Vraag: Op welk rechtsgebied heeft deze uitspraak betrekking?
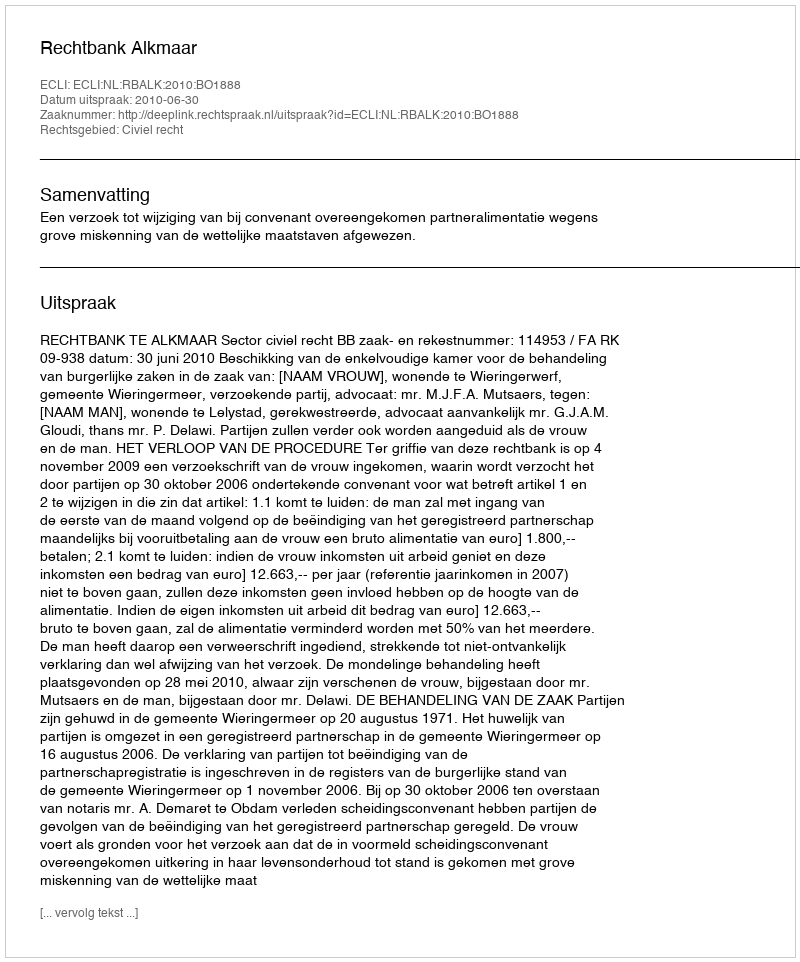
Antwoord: Civiel recht